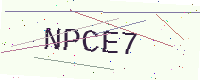
Text: NPCE7